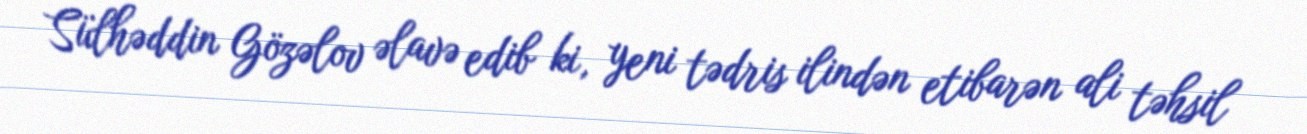
Sülhəddin Gözəlov əlavə edib ki, yeni tədris ilindən etibarən ali təhsil